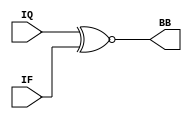
//Verilog HDL for "BioZ_EMG_Model", "BioZ_AFE_Mixer_Digital" "functional"


module BioZ_AFE_Mixer_Digital (
input IF,
input IQ,
output wire BB
);

assign BB = IQ ~^ IF;

endmodule